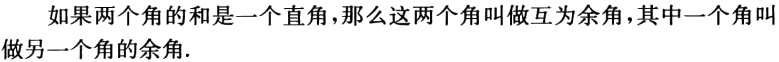
如果两个角的和是一个直角，那么这两个角叫做互为余角，其中一个角叫做另一个角的余角.